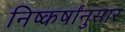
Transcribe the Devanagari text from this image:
निष्कर्षांनुसार